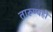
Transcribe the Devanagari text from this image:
तारुण्यही